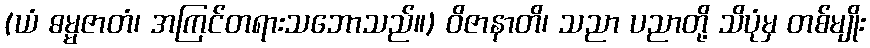
(ယံ ဓမ္မဇာတံ၊ အကြင်တရားသဘောသည်။) ဝိဇာနာတိ၊ သညာ ပညာတို့ သိပုံမှ တစ်မျိုး